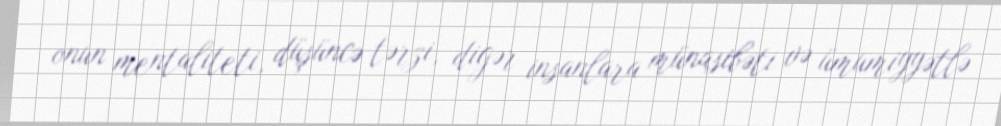
onun mentaliteti, düşüncə tərzi, digər insanlara münasibəti və ümumiyyətlə